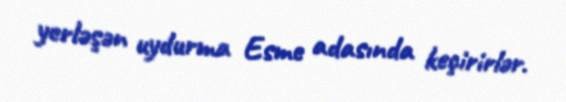
yerləşən uydurma Esme adasında keçirirlər.